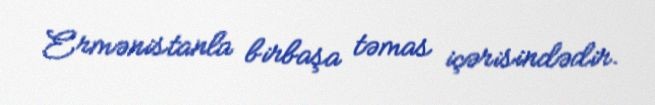
Ermənistanla birbaşa təmas içərisindədir.